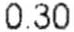
0.30